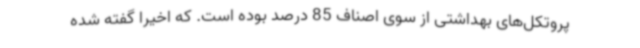
پروتکل‌های بهداشتی از سوی اصناف 85 درصد بوده است. که اخیرا گفته شده